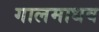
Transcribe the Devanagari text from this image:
गालमाधव